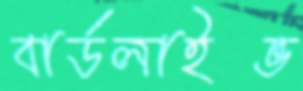
বার্ডলাইভ